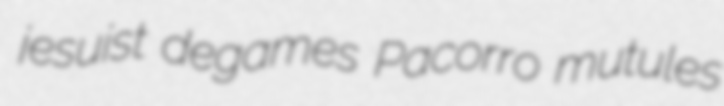
jesuist degames Pacorro mutules